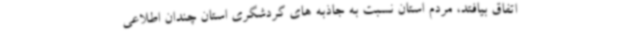
اتفاق بیافتد، مردم استان نسبت به جاذبه های گردشگری استان چندان اطلاعی